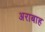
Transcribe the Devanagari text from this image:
अराबाह